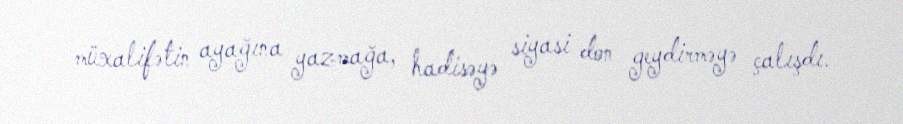
müxalifətin ayağına yazmağa, hadisəyə siyasi don geydirməyə çalışdı.